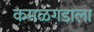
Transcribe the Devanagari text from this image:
कमळगडाला